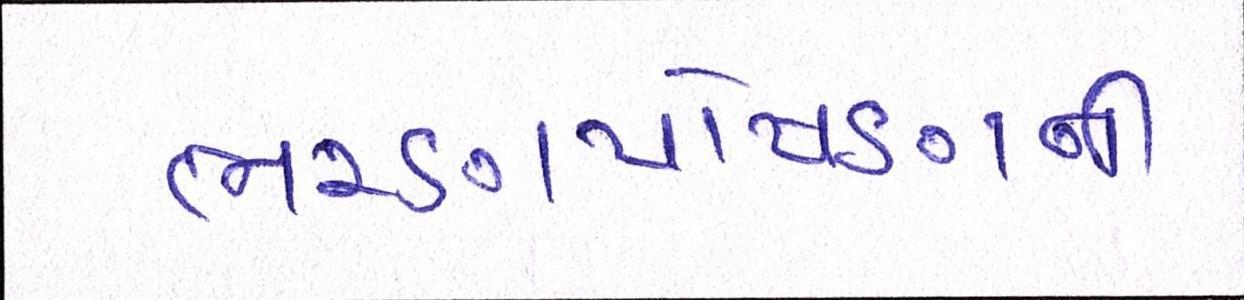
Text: ભરણપોષણની